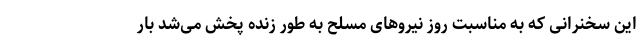
این سخنرانی که به مناسبت روز نیروهای مسلح به طور زنده پخش می‌شد بار